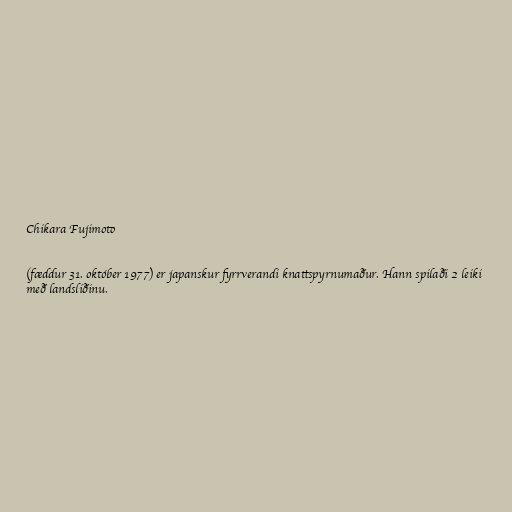
Chikara Fujimoto

(fæddur 31. október 1977) er japanskur fyrrverandi knattspyrnumaður. Hann spilaði 2 leiki
með landsliðinu.